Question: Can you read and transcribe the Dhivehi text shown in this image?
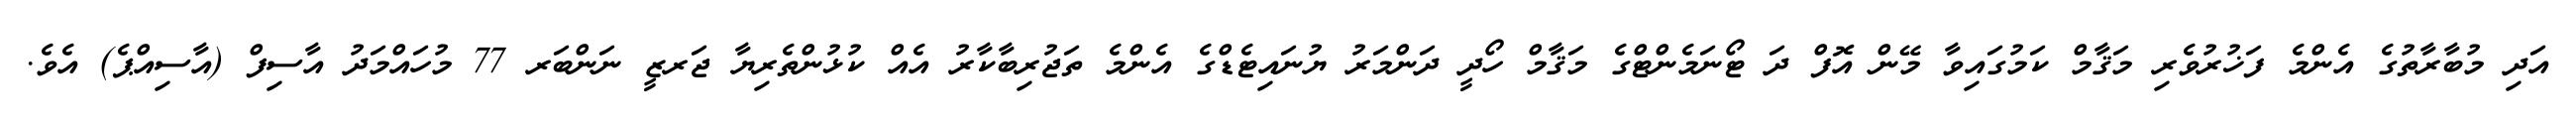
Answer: އަދި މުބާރާތުގެ އެންމެ ފަޚުރުވެރި މަޤާމް ކަމުގައިވާ މޭން އޮފް ދަ ޓޯނަމެންޓްގެ މަޤާމް ހޯދީ ދަންމަރު ޔުނައިޓެޑްގެ އެންމެ ތަޖުރިބާކާރު އެއް ކުޅުންތެރިޔާ ޖަރޒީ ނަންބަރ 77 މުހައްމަދު އާސިފް (އާސިއްޕެ) އެވެ.